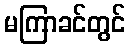
မကြာခင်တွင်